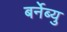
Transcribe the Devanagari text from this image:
बर्नेब्यु